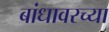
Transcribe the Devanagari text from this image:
बांधावरच्या